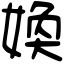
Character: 𡞵